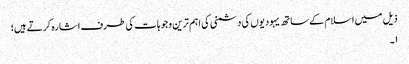
ذیل میں اسلام کے ساتھ یہودیوں کی دشمنی کی اہم ترین وجوہات کی طرف اشارہ کرتے ہیں؛
۱۔